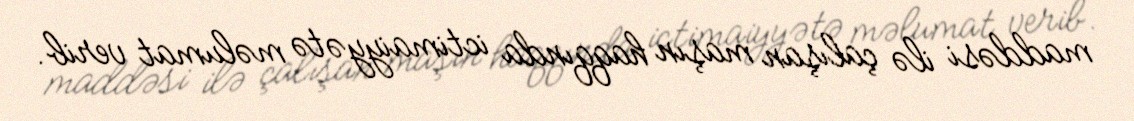
maddəsi ilə çalışan maşın haqqında ictimaiyyətə məlumat verib.